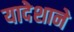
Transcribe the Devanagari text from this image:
यादेशाने